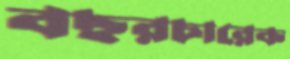
বছরচারেক